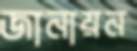
জানায়ন